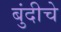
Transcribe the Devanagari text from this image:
बुंदीचे